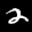
Label: 2